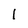
Character: l